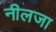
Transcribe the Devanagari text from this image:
नीलजा